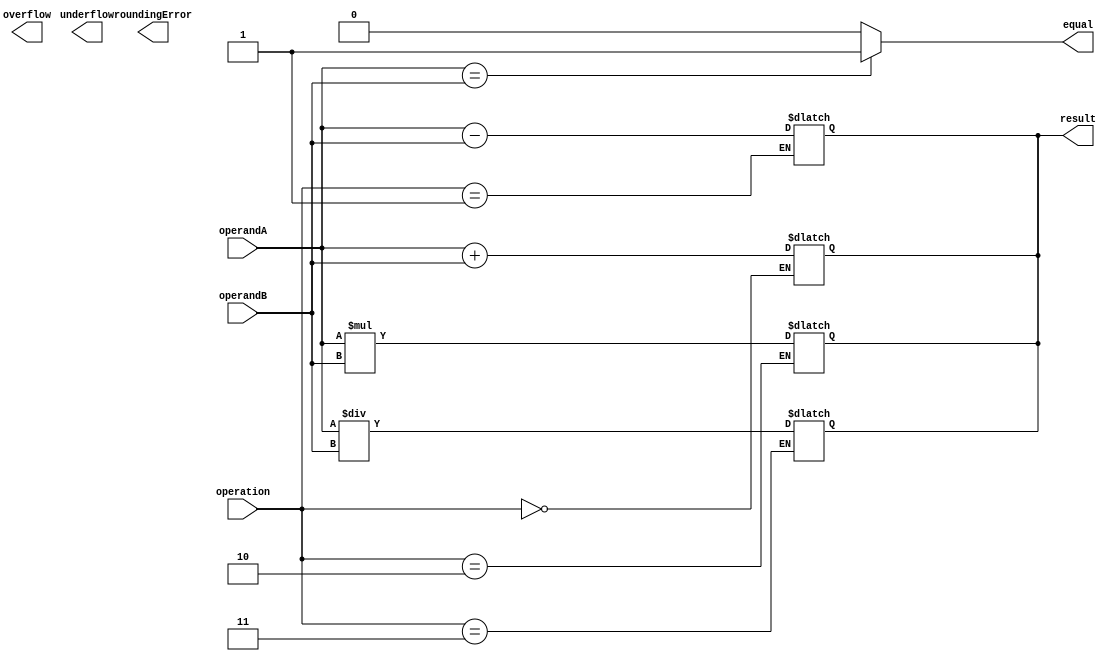
module TriplePrecisionFloatingPointUnit (
    input wire [62:0] operandA,
    input wire [62:0] operandB,
    input wire [2:0] operation,
    output reg [63:0] result,
    output reg overflow,
    output reg underflow,
    output reg roundingError,
    output reg equal
);

// Adder block
always @* begin
    if (operation == 3'b000) begin // addition
        result = operandA + operandB;
    end
end

// Subtractor block
always @* begin
    if (operation == 3'b001) begin // subtraction
        result = operandA - operandB;
    end
end

// Multiplier block
always @* begin
    if (operation == 3'b010) begin // multiplication
        result = operandA * operandB;
    end
end

// Divider block
always @* begin
    if (operation == 3'b011) begin // division
        result = operandA / operandB;
    end
end

// Comparator block
always @* begin
    if (operandA == operandB) begin
        equal = 1;
    end else begin
        equal = 0;
    end
end

// Precision handling
// To be implemented based on specific requirements

// Overflow detection
// To be implemented based on specific requirements

// Underflow detection
// To be implemented based on specific requirements

// Rounding error handling
// To be implemented based on specific requirements

endmodule